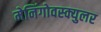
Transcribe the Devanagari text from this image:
मेनिंगोवस्क्युलर